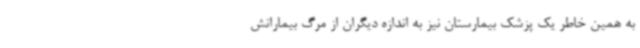
به همین خاطر یک پزشک بیمارستان نیز به اندازه دیگران از مرگ بیمارانش